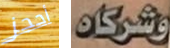
أحجز وشركاه